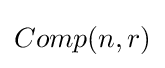
Comp(n,r)